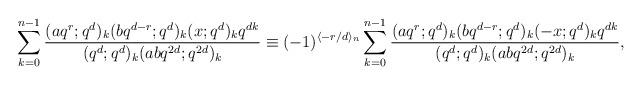
LaTeX: \begin{align*}\sum_{k=0}^{n-1}\frac{(aq^r;q^d)_k (bq^{d-r};q^d)_k (x;q^{d})_k q^{dk}}{(q^d;q^d)_k (abq^{2d};q^{2d})_k}\equiv (-1)^{\langle -r/d\rangle_n}\sum_{k=0}^{n-1}\frac{(aq^r;q^d)_k (bq^{d-r};q^d)_k (-x;q^{d})_k q^{dk}}{(q^d;q^d)_k (abq^{2d};q^{2d})_k},\end{align*}